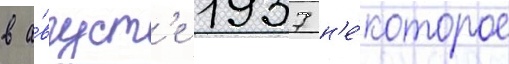
в а́вгуст'е 1937 н'е́которое